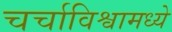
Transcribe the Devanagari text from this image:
चर्चाविश्वामध्ये